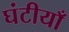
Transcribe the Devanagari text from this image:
घंटीयाँ